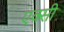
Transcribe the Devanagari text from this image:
एक्सी